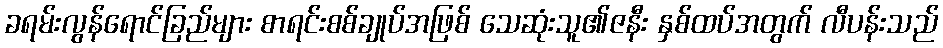
ခရမ်းလွန်ရောင်ခြည်များ စာရင်းစစ်ချုပ်အဖြစ် သေဆုံးသူ၏ဇနီး နှစ်ထပ်အတွက် လီပန်းသည်